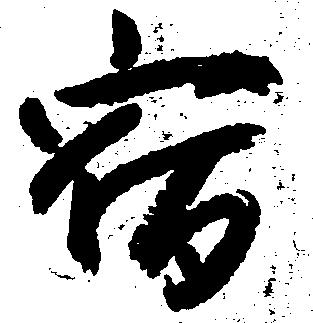
宿